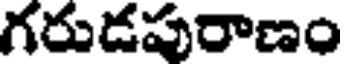
గరుడపురాణం